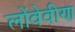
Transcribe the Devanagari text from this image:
लोंवेवीण